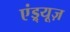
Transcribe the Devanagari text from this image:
एंड्र्यूज़